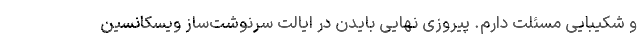
و شکیبایی مسئلت دارم. پیروزی نهایی بایدن در ایالت سرنوشت‌ساز ویسکانسین